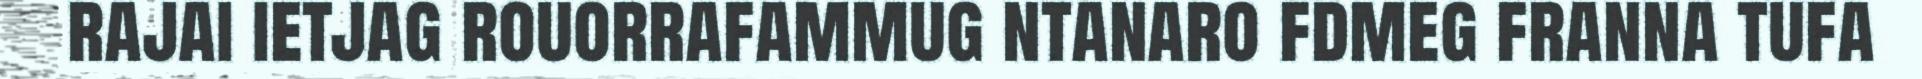
rajai ietjag rouorrafammug ntanaro fdmeg franna tufa